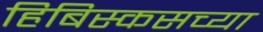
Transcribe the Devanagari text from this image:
हिबिस्कसच्या